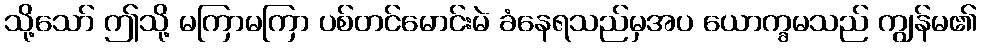
သို့သော် ဤသို့ မကြာမကြာ ပစ်တင်မောင်းမဲ ခံနေရသည်မှအပ ယောက္ခမသည် ကျွန်မ၏